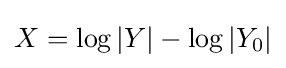
X=\log |Y|-\log |Y_{0}|